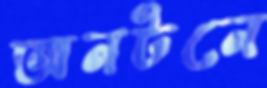
অনটনে